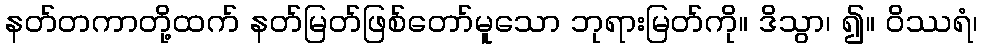
နတ်တကာတို့ထက် နတ်မြတ်ဖြစ်တော်မူသော ဘုရားမြတ်ကို။ ဒိသွာ၊ ၍။ ဝိဿရံ၊